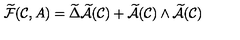
\widetilde { \cal F } ( { \cal { C } } , A ) = \widetilde { \Delta } \widetilde { \cal A } ( { \cal C } ) + \widetilde { \cal A } ( { \cal C } ) \wedge \widetilde { \cal A } ( { \cal C } )